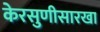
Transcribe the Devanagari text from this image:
केरसुणीसारखा